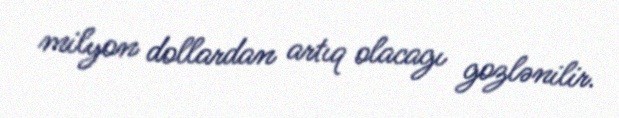
milyon dollardan artıq olacagı gozlənilir.